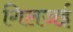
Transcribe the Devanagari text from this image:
गिलजई